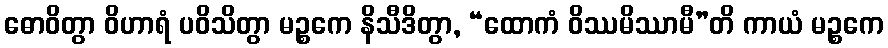
ဓောဝိတွာ ဝိဟာရံ ပဝိသိတွာ မဉ္စကေ နိသီဒိတွာ, “ထောကံ ဝိဿမိဿာမီ”တိ ကာယံ မဉ္စကေ